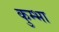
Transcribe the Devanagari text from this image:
कुम्‍भा